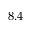
8 . 4